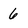
Character: 6